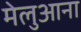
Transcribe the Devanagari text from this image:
मेलुआना